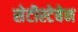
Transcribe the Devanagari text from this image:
सेटीस्‍टेबेन